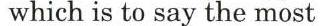
which is to say the most